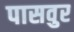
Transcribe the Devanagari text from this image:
पासवुर